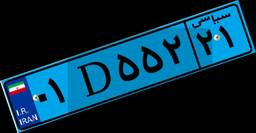
۷۹D۶۸۲۴۹